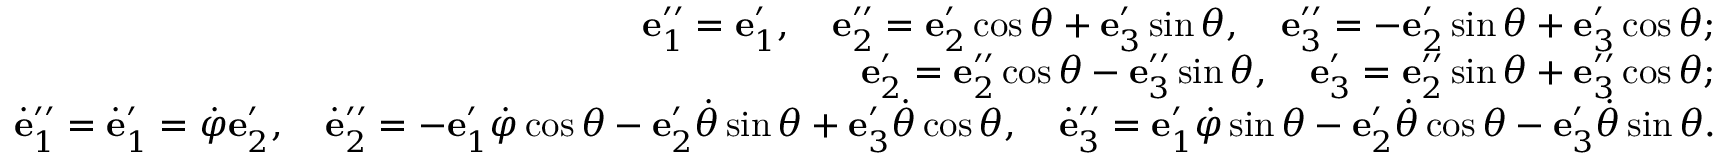
\begin{array} { r } { { \bf e } _ { 1 } ^ { \prime \prime } = { \bf e } _ { 1 } ^ { \prime } , \quad { \bf e } _ { 2 } ^ { \prime \prime } = { \bf e } _ { 2 } ^ { \prime } \cos \theta + { \bf e } _ { 3 } ^ { \prime } \sin \theta , \quad { \bf e } _ { 3 } ^ { \prime \prime } = - { \bf e } _ { 2 } ^ { \prime } \sin \theta + { \bf e } _ { 3 } ^ { \prime } \cos \theta ; } \\ { { \bf e } _ { 2 } ^ { \prime } = { \bf e } _ { 2 } ^ { \prime \prime } \cos \theta - { \bf e } _ { 3 } ^ { \prime \prime } \sin \theta , \quad { \bf e } _ { 3 } ^ { \prime } = { \bf e } _ { 2 } ^ { \prime \prime } \sin \theta + { \bf e } _ { 3 } ^ { \prime \prime } \cos \theta ; } \\ { \dot { \bf e } _ { 1 } ^ { \prime \prime } = \dot { \bf e } _ { 1 } ^ { \prime } = \dot { \varphi } { \bf e } _ { 2 } ^ { \prime } , \quad \dot { \bf e } _ { 2 } ^ { \prime \prime } = - { \bf e } _ { 1 } ^ { \prime } \dot { \varphi } \cos \theta - { \bf e } _ { 2 } ^ { \prime } \dot { \theta } \sin \theta + { \bf e } _ { 3 } ^ { \prime } \dot { \theta } \cos \theta , \quad \dot { \bf e } _ { 3 } ^ { \prime \prime } = { \bf e } _ { 1 } ^ { \prime } \dot { \varphi } \sin \theta - { \bf e } _ { 2 } ^ { \prime } \dot { \theta } \cos \theta - { \bf e } _ { 3 } ^ { \prime } \dot { \theta } \sin \theta . } \end{array}